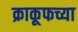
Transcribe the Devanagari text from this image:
क्राकूफच्या